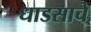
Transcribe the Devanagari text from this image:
धाडसाचे